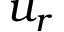
u _ { r }